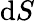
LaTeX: \mathrm{d}S